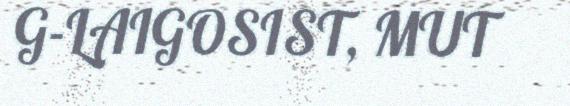
G-LAIGOSIST, MUT